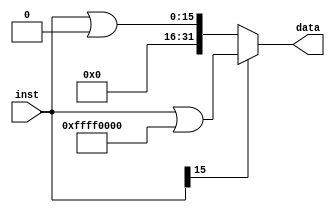
`timescale 1ns / 1ps
//////////////////////////////////////////////////////////////////////////////////
// Company: 
// Engineer: 
// 
// Design Name: 
// Module Name: signext
// Project Name: 
// Target Devices: 
// Tool Versions: 
// Description: 
// 
// Dependencies: 
// 
// Revision:
// Revision 0.01 - File Created
// Additional Comments:
// 
//////////////////////////////////////////////////////////////////////////////////


module signext(
    input [15:0] inst,
    output [31:0] data
    );
    
    assign data=(inst[15])?(inst|32'hffff0000):(inst|32'h00000000);
    
endmodule